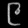
Digit: ၉